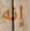
إنه